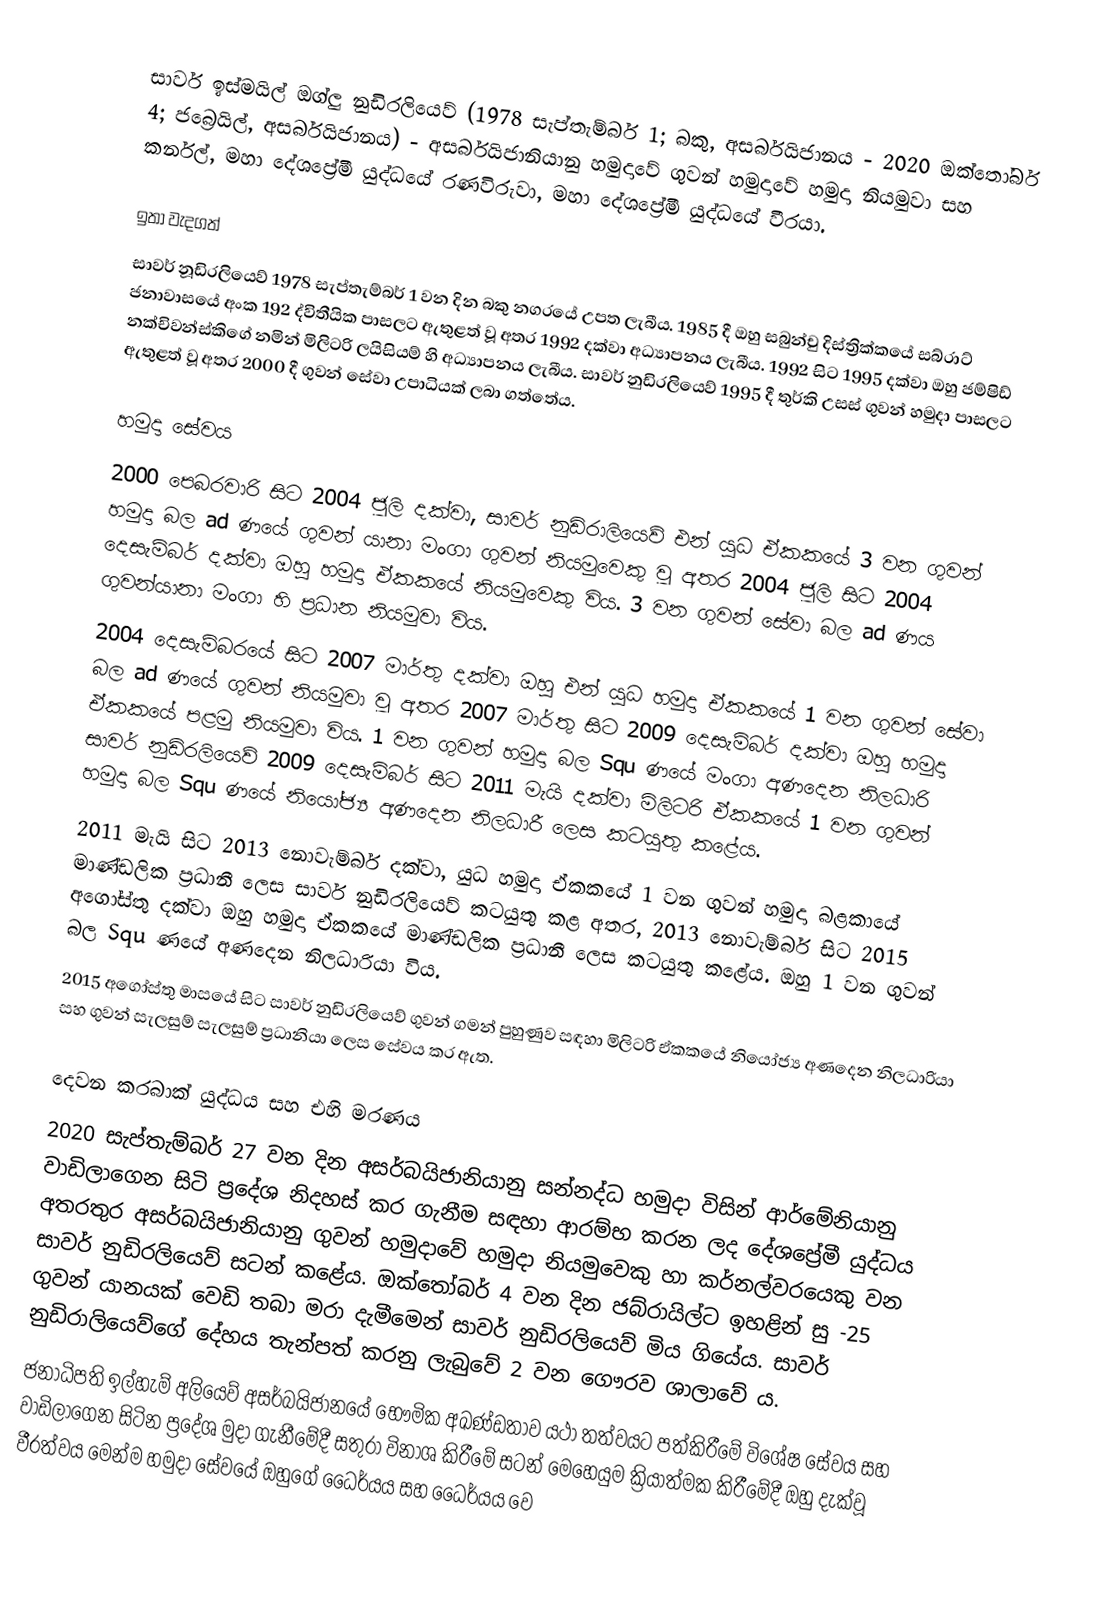
සාවර් ඉස්මයිල් ඔග්ලු නුඩිරලියෙව් (1978 සැප්තැම්බර් 1; බකු, අසර්බයිජානය - 2020 ඔක්තෝබර් 4; ජබ්‍රෙයිල්, අසර්බයිජානය) - අසර්බයිජානියානු හමුදාවේ ගුවන් හමුදාවේ හමුදා නියමුවා සහ කර්නල්, මහා දේශප්‍රේමී යුද්ධයේ රණවිරුවා, මහා දේශප්‍රේමී යුද්ධයේ වීරයා.

ඉතා වැදගත්
සාවර් නූඩිරලියෙව් 1978 සැප්තැම්බර් 1 වන දින බකු නගරයේ උපත ලැබීය. 1985 දී ඔහු සබුන්චු දිස්ත්‍රික්කයේ සබ්රාට් ජනාවාසයේ අංක 192 ද්විතීයික පාසලට ඇතුළත් වූ අතර 1992 දක්වා අධ්‍යාපනය ලැබීය. 1992 සිට 1995 දක්වා ඔහු ජම්ෂිඩ් නක්චිවන්ස්කිගේ නමින් මිලිටරි ලයිසියම් හි අධ්‍යාපනය ලැබීය. සාවර් නුඩිරලියෙව් 1995 දී තුර්කි උසස් ගුවන් හමුදා පාසලට ඇතුළත් වූ අතර 2000 දී ගුවන් සේවා උපාධියක් ලබා ගත්තේය.

හමුදා සේවය
2000 පෙබරවාරි සිට 2004 ජූලි දක්වා, සාවර් නුඩිරාලියෙව් එන් යුධ ඒකකයේ 3 වන ගුවන් හමුදා බල ad ණයේ ගුවන් යානා මංගා ගුවන් නියමුවෙකු වූ අතර 2004 ජූලි සිට 2004 දෙසැම්බර් දක්වා ඔහු හමුදා ඒකකයේ නියමුවෙකු විය. 3 වන ගුවන් සේවා බල ad ණය ගුවන්යානා මංගා හි ප්‍රධාන නියමුවා විය.
2004 දෙසැම්බරයේ සිට 2007 මාර්තු දක්වා ඔහු එන් යුධ හමුදා ඒකකයේ 1 වන ගුවන් සේවා බල ad ණයේ ගුවන් නියමුවා වූ අතර 2007 මාර්තු සිට 2009 දෙසැම්බර් දක්වා ඔහු හමුදා ඒකකයේ පළමු නියමුවා විය. 1 වන ගුවන් හමුදා බල Squ ණයේ මංගා අණදෙන නිලධාරි සාවර් නුඩිරලියෙව් 2009 දෙසැම්බර් සිට 2011 මැයි දක්වා මිලිටරි ඒකකයේ 1 වන ගුවන් හමුදා බල Squ ණයේ නියෝජ්‍ය අණදෙන නිලධාරී ලෙස කටයුතු කළේය.
2011 මැයි සිට 2013 නොවැම්බර් දක්වා, යුධ හමුදා ඒකකයේ 1 වන ගුවන් හමුදා බළකායේ මාණ්ඩලික ප්‍රධානී ලෙස සාවර් නුඩිරලියෙව් කටයුතු කළ අතර, 2013 නොවැම්බර් සිට 2015 අගෝස්තු දක්වා ඔහු හමුදා ඒකකයේ මාණ්ඩලික ප්‍රධානී ලෙස කටයුතු කළේය. ඔහු 1 වන ගුවන් බල Squ ණයේ අණදෙන නිලධාරියා විය.
2015 අගෝස්තු මාසයේ සිට සාවර් නුඩිරලියෙව් ගුවන් ගමන් පුහුණුව සඳහා මිලිටරි ඒකකයේ නියෝජ්‍ය අණදෙන නිලධාරියා සහ ගුවන් සැලසුම් සැලසුම් ප්‍රධානියා ලෙස සේවය කර ඇත.

දෙවන කරබාක් යුද්ධය සහ එහි මරණය
2020 සැප්තැම්බර් 27 වන දින අසර්බයිජානියානු සන්නද්ධ හමුදා විසින් ආර්මේනියානු වාඩිලාගෙන සිටි ප්‍රදේශ නිදහස් කර ගැනීම සඳහා ආරම්භ කරන ලද දේශප්‍රේමී යුද්ධය අතරතුර අසර්බයිජානියානු ගුවන් හමුදාවේ හමුදා නියමුවෙකු හා කර්නල්වරයෙකු වන සාවර් නුඩිරලියෙව් සටන් කළේය. ඔක්තෝබර් 4 වන දින ජබ්රායිල්ට ඉහළින් සු -25 ගුවන් යානයක් වෙඩි තබා මරා දැමීමෙන් සාවර් නුඩිරලියෙව් මිය ගියේය. සාවර් නුඩිරාලියෙව්ගේ දේහය තැන්පත් කරනු ලැබුවේ 2 වන ගෞරව ශාලාවේ ය.
ජනාධිපති ඉල්හැම් අලියෙව් අසර්බයිජානයේ භෞමික අඛණ්ඩතාව යථා තත්වයට පත්කිරීමේ විශේෂ සේවය සහ වාඩිලාගෙන සිටින ප්‍රදේශ මුදා ගැනීමේදී සතුරා විනාශ කිරීමේ සටන් මෙහෙයුම ක්‍රියාත්මක කිරීමේදී ඔහු දැක්වූ වීරත්වය මෙන්ම හමුදා සේවයේ ඔහුගේ ධෛර්යය සහ ධෛර්යය වෙ